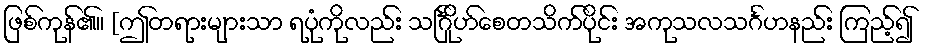
ဖြစ်ကုန်၏။ [ဤတရားများသာ ရပုံကိုလည်း သင်္ဂြိုဟ်စေတသိက်ပိုင်း အကုသလသင်္ဂဟနည်း ကြည့်၍